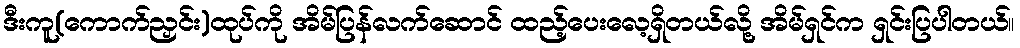
ဒီးကူ(ကောက်ညှင်း)ထုပ်ကို အိမ်ပြန်လက်ဆောင် ထည့်ပေးလေ့ရှိတယ်လို့ အိမ်ရှင်က ရှင်းပြပါတယ်။